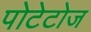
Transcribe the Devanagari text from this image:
पोटेटोज